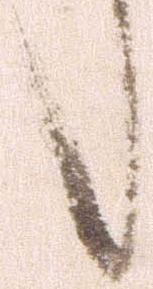
候